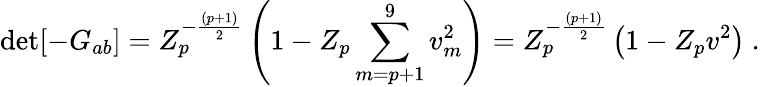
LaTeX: \operatorname*{det}[-G_{ab}]=Z_{p}^{-{\frac{(p+1)}{2}}}\left(1-Z_{p}\sum_{m=p+1}^{9}v_{m}^{2}\right)=Z_{p}^{-{\frac{(p+1)}{2}}}\left(1-Z_{p}v^{2}\right)\ .